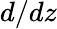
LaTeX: d/dz